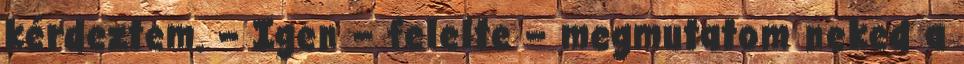
kérdeztem. – Igen – felelte – megmutatom neked a